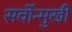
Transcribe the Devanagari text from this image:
सर्वोन्मुखी